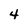
Character: 4